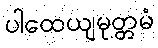
ပါထေယျမုတ္တမံ